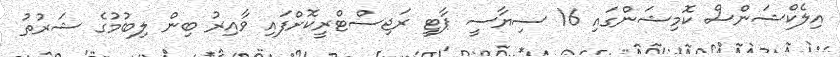
އިލެކްޝަންސް ކޮމިޝަންގައި 16 ސިޔާސީ ޕާޓީ ރަޖިސްޓްރީކޮށްފައި ވާއިރު ބިން ލިބުމުގެ ޝަރުތު